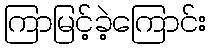
ကြာမြင့်ခဲ့ကြောင်း